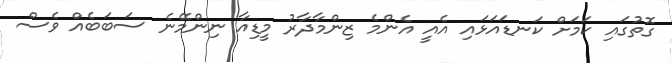
ގޮތުގައި ކަމަށް ކަނޑައަޅައި އެއީ އެންމެ ޒިންމާދާރު މީޑިއާ ނިންމޭނެ ސަބަބެއް ވެސް